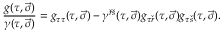
{ \frac { g ( \tau , \vec { \sigma } ) } { \gamma ( \tau , \vec { \sigma } ) } } = g _ { \tau \tau } ( \tau , \vec { \sigma } ) - \gamma ^ { { \check { r } } { \check { s } } } ( \tau , \vec { \sigma } ) g _ { \tau { \check { r } } } ( \tau , \vec { \sigma } ) g _ { \tau { \check { s } } } ( \tau , \vec { \sigma } ) .